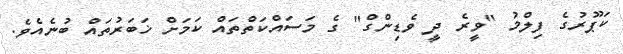
ކަޕޫރުގެ ފިލްމު "ވީރެ ދީ ވެޑިންގް" ގެ މަސައްކަތްތައް ކަމަށް ޚަބަރުތައް ބުނެއެވެ.